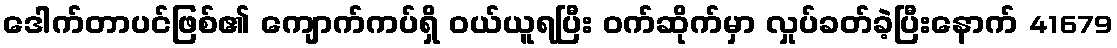
ဒေါက်တာပင်ဖြစ်၏ ကျောက်ကပ်ရှိ ဝယ်ယူရပြီး ဝက်ဆိုက်မှာ လှုပ်ခတ်ခဲ့ပြီးနောက် 41679